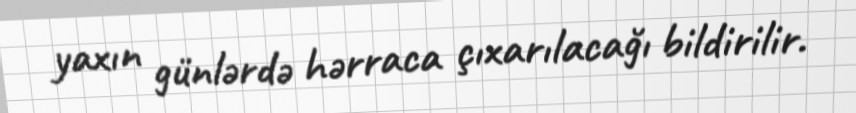
yaxın günlərdə hərraca çıxarılacağı bildirilir.